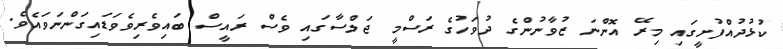
ކުޅުދުއްފުށީގައި މިރޭ އޮންނަ ޒުވާނުންގެ ދުވަހުގެ ރަސްމީ ޖަލްސާގައި ވެސް ރައީސް ބައިވެރިވެވަޑައިގަންނަވައެވެ.